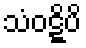
သံဝဋ္ဋိပိ